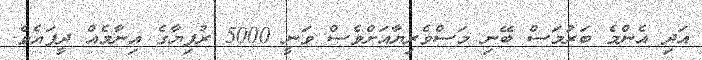
އަދި އެންމެ ބަރުމަސް ބޭނި މަސްވެރިޔާއަށްވެސް ވަނީ 5000 ރުފިޔާގެ އިނާމެއް ދީފައެވެ.